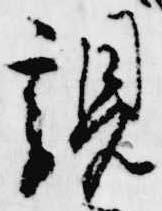
親